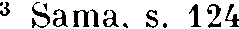
3 Sama, s. 124